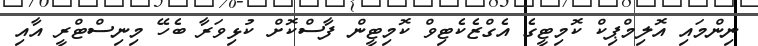
ނިންމައި އޮލިމްޕިކް ކޮމިޓީގެ އެގްޒެކެޓިވް ކޮމިޓީން ފާސްކޮށް ކުޅިވަރާ ބެހޭ މިނިސްޓްރީ އާއި